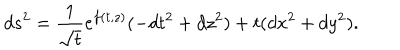
d s ^ { 2 } = \frac { 1 } { \sqrt { t } } e ^ { f ( t , z ) } ( - d t ^ { 2 } + d z ^ { 2 } ) + t ( d x ^ { 2 } + d y ^ { 2 } ) .